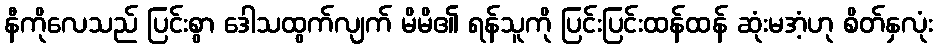
နီကိုလေသည် ပြင်းစွာ ဒေါသထွက်လျက် မိမိ၏ ရန်သူကို ပြင်းပြင်းထန်ထန် ဆုံးမအံ့ဟု စိတ်နှလုံး